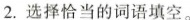
2.选择恰当的词语填空。